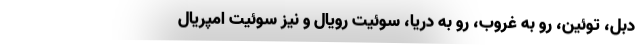
دبل، توئین، رو به غروب، رو به دریا، سوئیت رویال و نیز سوئیت امپریال